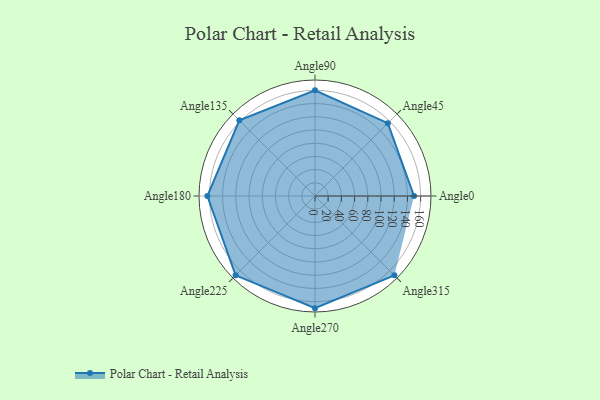
{"axis": {"x": "Angle", "y": "Radius"}, "legend": [""], "data": [{"x": "Angle0", "y": 150.0, "type": ""}, {"x": "Angle45", "y": 156.0, "type": ""}, {"x": "Angle90", "y": 160.0, "type": ""}, {"x": "Angle135", "y": 162.0, "type": ""}, {"x": "Angle180", "y": 163.0, "type": ""}, {"x": "Angle225", "y": 170, "type": ""}, {"x": "Angle270", "y": 170, "type": ""}, {"x": "Angle315", "y": 170, "type": ""}]}